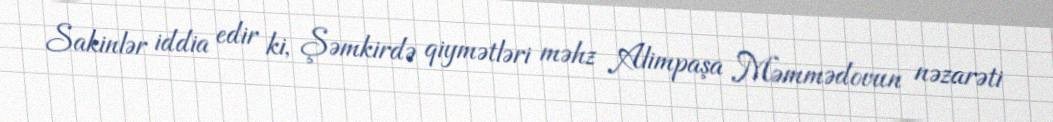
Sakinlər iddia edir ki, Şəmkirdə qiymətləri məhz Alimpaşa Məmmədovun nəzarəti